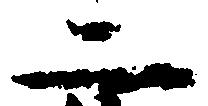
二